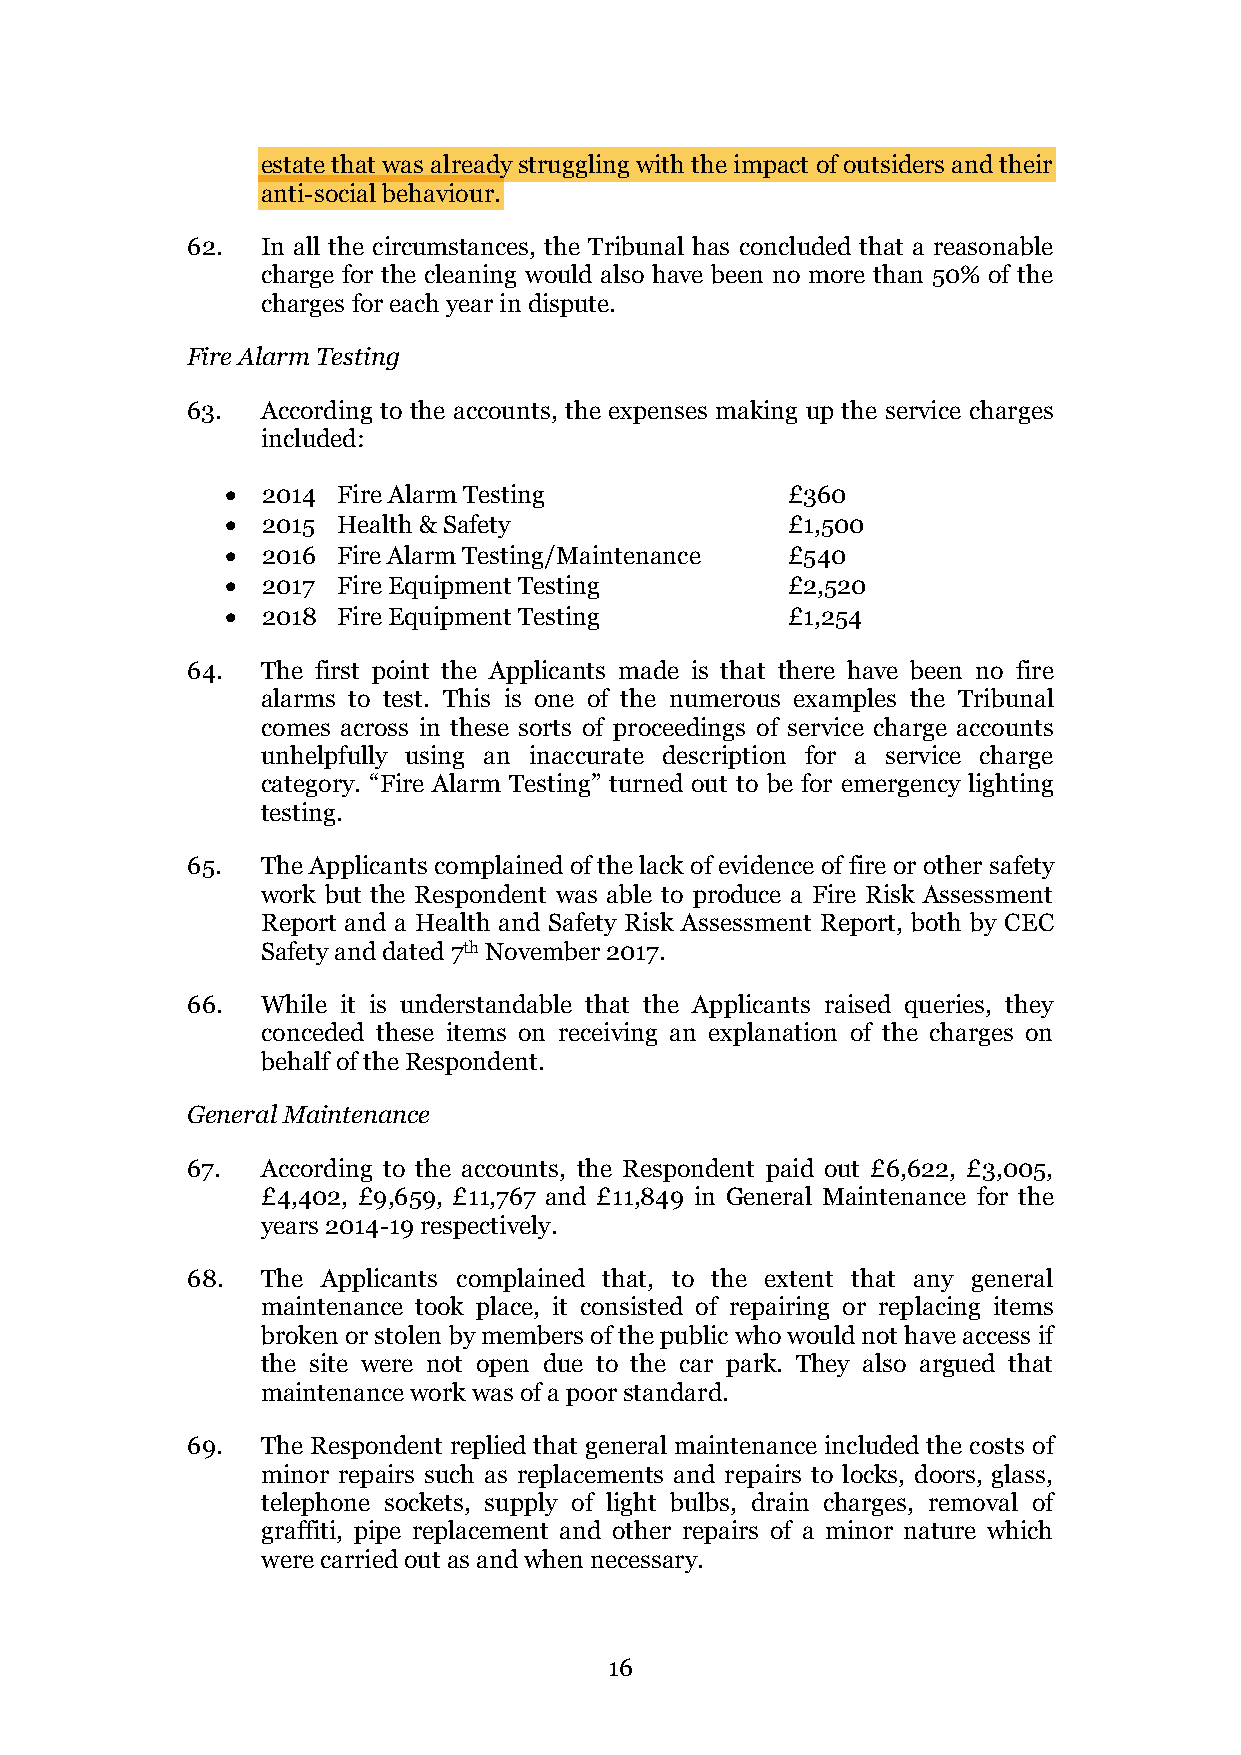
estate that was already struggling with the impact of outsiders and their
 anti-social behaviour.
 62.  In all the circumstances, the Tribunal has concluded that a reasonable
 charge for the cleaning would also have been no more than 50% of the
 charges for each year in dispute.
 Fire Alarm Testing
 63.  According to the accounts, the expenses making up the service charges
 included:
 • 2014 Fire Alarm Testing            £360
 • 2015 Health & Safety               £1,500
 • 2016 Fire Alarm Testing/Maintenance £540
 • 2017 Fire Equipment Testing        £2,520
 • 2018 Fire Equipment Testing        £1,254
 64.  The first point the Applicants made is that there have been no fire
 alarms to test. This is one of the numerous examples the Tribunal
 comes across in these sorts of proceedings of service charge accounts
 unhelpfully using an inaccurate description for a service charge
 category. “Fire Alarm Testing” turned out to be for emergency lighting
 testing.
 65.  The Applicants complained of the lack of evidence of fire or other safety
 work but the Respondent was able to produce a Fire Risk Assessment
 Report and a Health and Safety Risk Assessment Report, both by CEC
 Safety and dated 7th November 2017.
 66.  While it is understandable that the Applicants raised queries, they
 conceded these items on receiving an explanation of the charges on
 behalf of the Respondent.
 General Maintenance
 67.  According to the accounts, the Respondent paid out £6,622, £3,005,
 £4,402, £9,659, £11,767 and £11,849 in General Maintenance for the
 years 2014-19 respectively.
 68.  The Applicants complained that, to the extent that any general
 maintenance took place, it consisted of repairing or replacing items
 broken or stolen by members of the public who would not have access if
 the site were not open due to the car park. They also argued that
 maintenance work was of a poor standard.
 69.  The Respondent replied that general maintenance included the costs of
 minor repairs such as replacements and repairs to locks, doors, glass,
 telephone sockets, supply of light bulbs, drain charges, removal of
 graffiti, pipe replacement and other repairs of a minor nature which
 were carried out as and when necessary.
 16